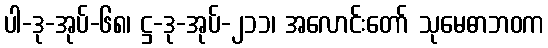
ပါ-ဒု-အုပ်-၆၈၊ ဋ္ဌ-ဒု-အုပ်-၂၁၁၊ အလောင်းတော် သုမေဓာဘဝက